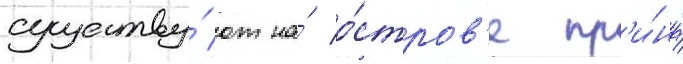
существу́ют на́ о́стров'е пр'и́нца